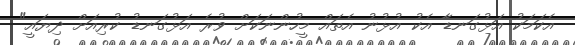
އެކަމަކު އަޅުގަނޑާ އެކު އުޅުނު އެތައް މީހުންނަކަށް ވުރެ އަޅުގަނޑު ކުރިއަށް ދިޔައީ"